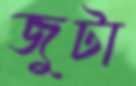
জুটা